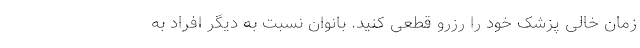
زمان خالی پزشک خود را رزرو قطعی کنید. بانوان نسبت به دیگر افراد به